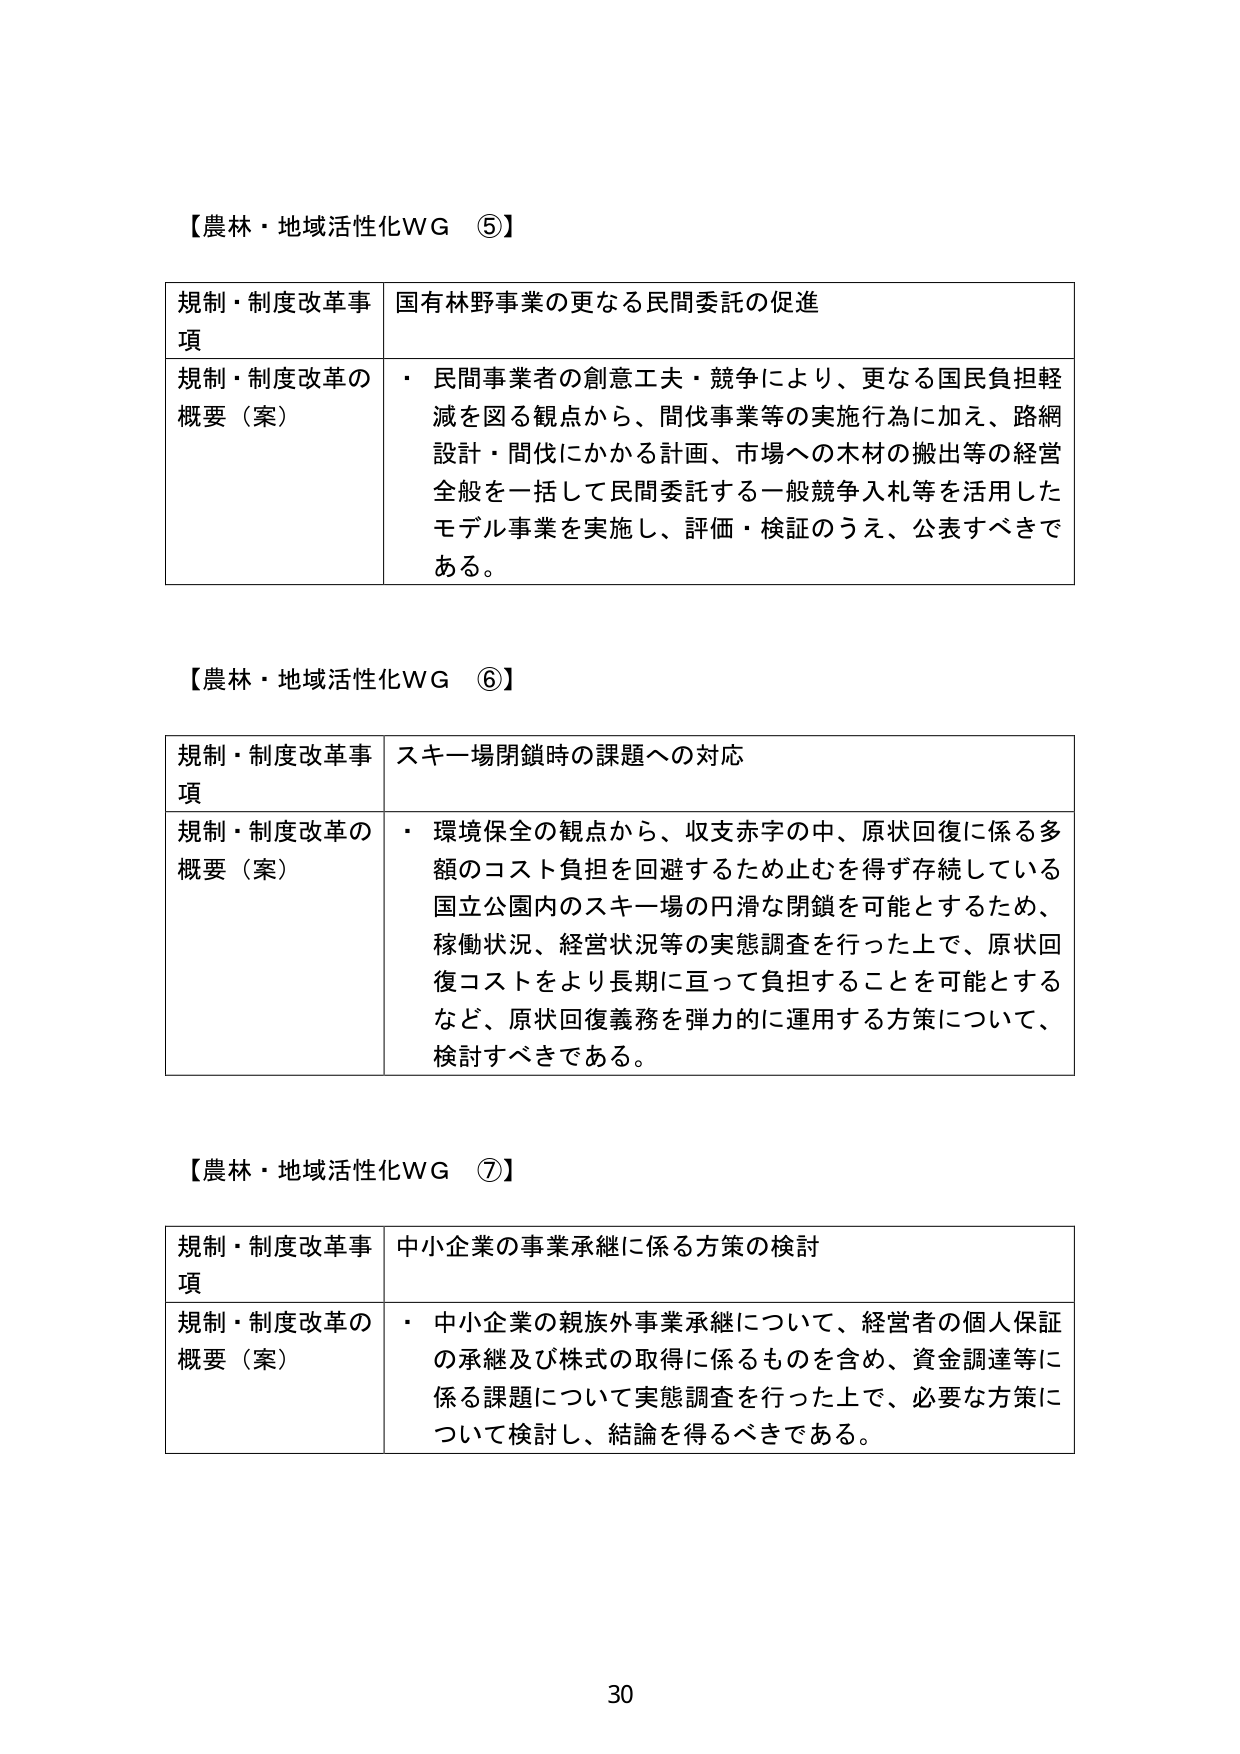
【農林・地域活性化WG ⑤】

規制・制度改革事項　国有林野事業の更なる民間委託の促進

規制・制度改革の概要（案）　・ 民間事業者の創意工夫・競争により、更なる国民負担軽減を図る観点から、間伐事業等の実施行為に加え、路網設計・間伐にかかる計画、市場への木材の搬出等の経営全般を一括して民間委託する一般競争入札等を活用したモデル事業を実施し、評価・検証のうえ、公表すべきである。

【農林・地域活性化WG ⑥】

規制・制度改革事項　スキー場閉鎖時の課題への対応

規制・制度改革の概要（案）　・ 環境保全の観点から、収支赤字の中、原状回復に係る多額のコスト負担を回避するため止むを得ず存続している国立公園内のスキー場の円滑な閉鎖を可能とするため、稼働状況、経営状況等の実態調査を行った上で、原状回復コストをより長期に亘って負担することを可能とするなど、原状回復義務を弾力的に運用する方策について、検討すべきである。

【農林・地域活性化WG ⑦】

規制・制度改革事項　中小企業の事業承継に係る方策の検討

規制・制度改革の概要（案）　・ 中小企業の親族外事業承継について、経営者の個人保証の承継及び株式の取得に係るものを含め、資金調達等に係る課題について実態調査を行った上で、必要な方策について検討し、結論を得るべきである。

30